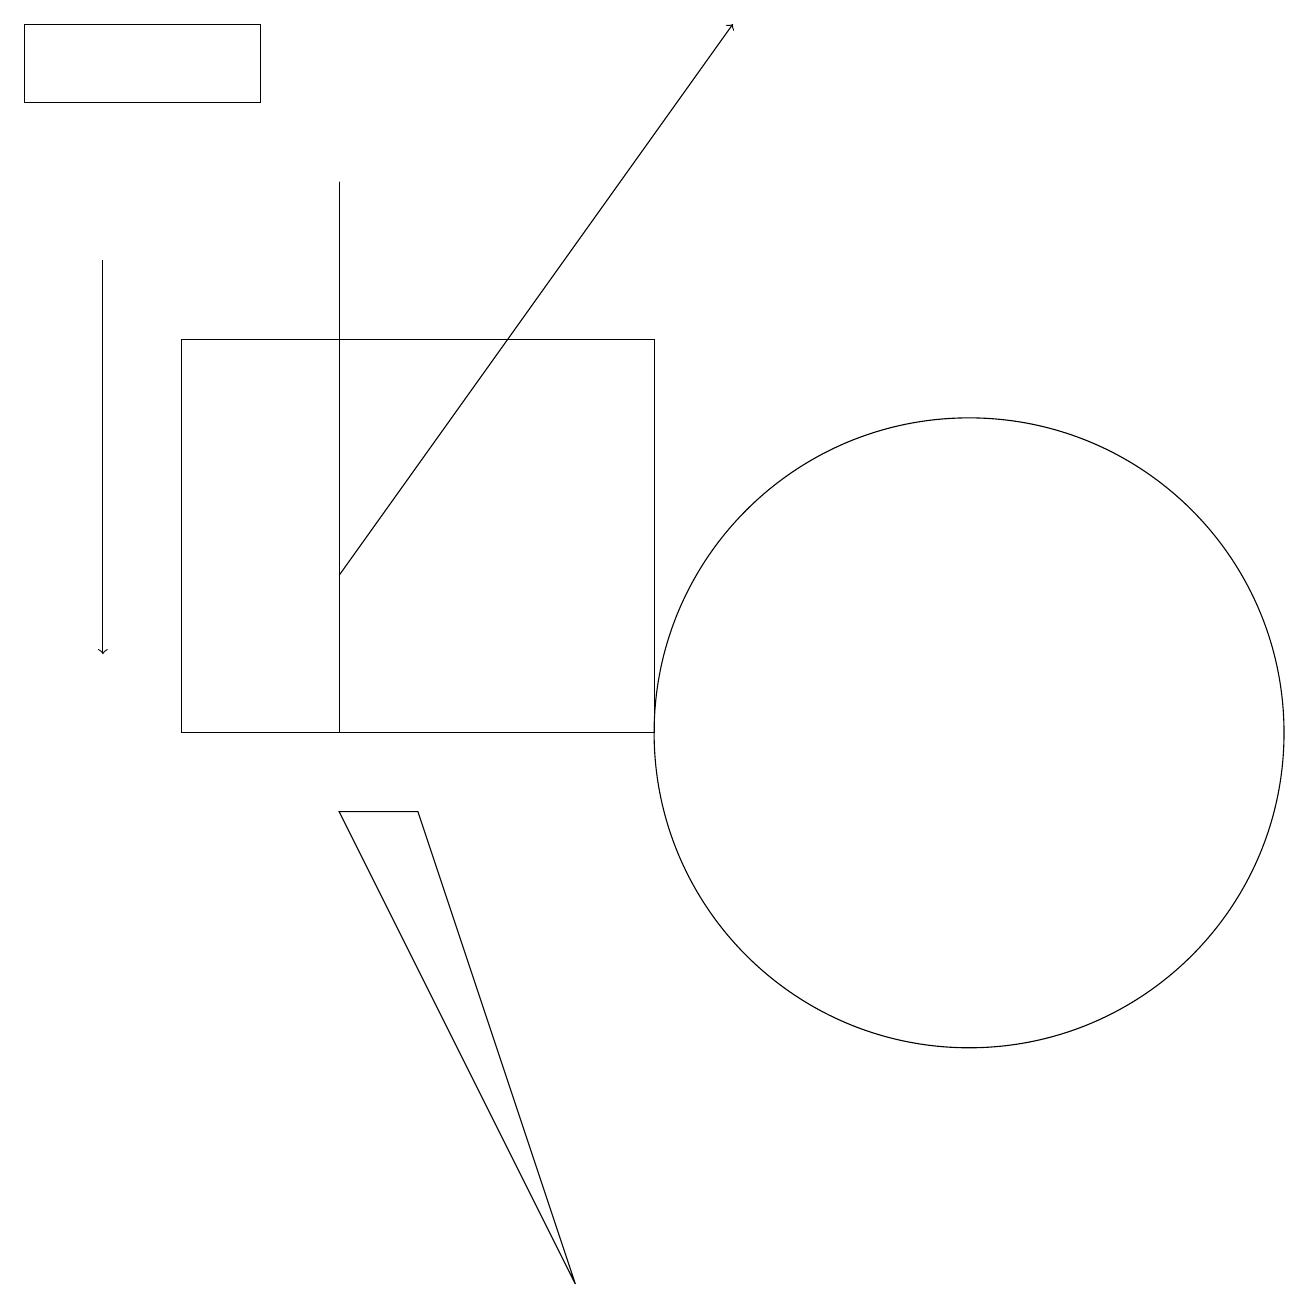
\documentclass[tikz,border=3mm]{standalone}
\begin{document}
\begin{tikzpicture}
\draw (12,10) circle (4);
\draw[->] (4,12) -- (9,19);
\draw (0,19) rectangle (3,18);
\draw (4,9) -- (7,3) -- (5,9) -- cycle;
\draw (2,15) rectangle (8,10);
\draw (4,17) rectangle (4,10);
\draw (4,10) rectangle (2,10);
\draw[->] (1,16) -- (1,11);
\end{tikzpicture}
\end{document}